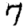
Digit: 7